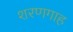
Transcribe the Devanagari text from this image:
शरणगाह